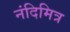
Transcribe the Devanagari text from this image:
नंदिमित्र